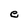
Character: e